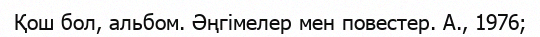
Қош бол, альбом. Әңгімелер мен повестер. А., 1976;